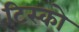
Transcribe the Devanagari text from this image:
टिस्‍को